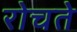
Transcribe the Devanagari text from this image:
रोचते